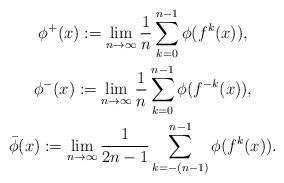
LaTeX: \begin{gather*}\phi^+(x) := \lim _{n \rightarrow \infty}\frac1n \sum^{n-1}_{k=0} \phi(f^k(x)), \\\phi^-(x) := \lim _{n \rightarrow \infty}\frac1n \sum^{n-1}_{k=0} \phi(f^{-k}(x)), \\\bar\phi(x) := \lim _{n \rightarrow \infty}\frac1{2n-1} \sum^{n-1}_{k=-(n-1)} \phi(f^k(x)). \end{gather*}